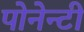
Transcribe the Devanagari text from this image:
पोनेन्टी